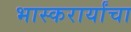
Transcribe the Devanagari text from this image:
भास्करार्यांचा